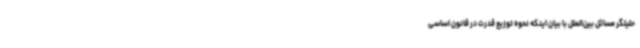
حلیلگر مسائل بین‌الملل با بیان اینکه نحوه توزیع قدرت در قانون اساسی